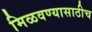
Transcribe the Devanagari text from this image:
मिळवण्यासाठीच